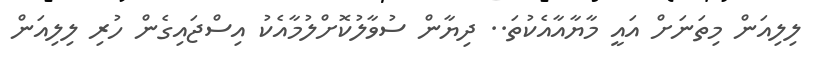
ލިލިއަން މިތަނަށް އައީ މާޔާއާއެކުތަ.. ދިޔާން ސުވާލުކޮށްލުމާއެކު އިސްޖައިގެން ހުރި ލިލިއަން